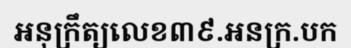
អនុក្រឹត្យលេខ៣៩.អនក្រ.បក